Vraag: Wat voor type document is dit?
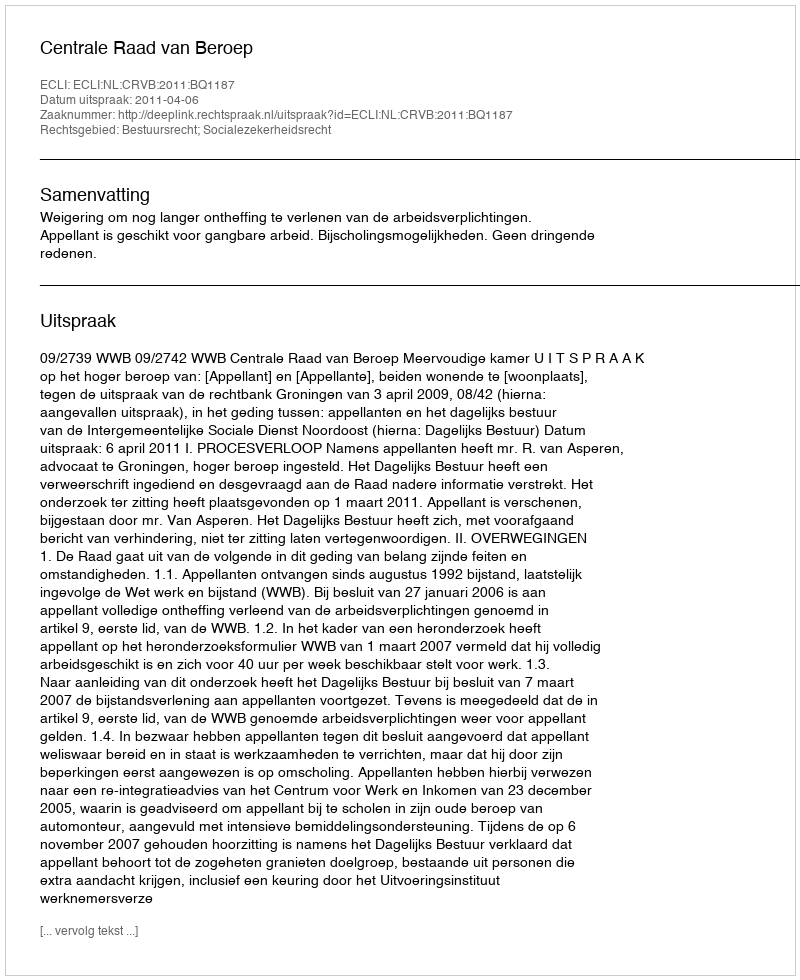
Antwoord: Uitspraak